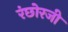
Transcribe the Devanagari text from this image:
रंछोरजी